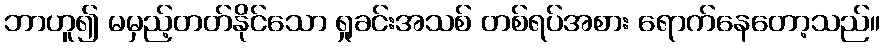
ဘာဟူ၍ မမှည့်တတ်နိုင်သော ရှုခင်းအသစ် တစ်ရပ်အစား ရောက်နေတော့သည်။